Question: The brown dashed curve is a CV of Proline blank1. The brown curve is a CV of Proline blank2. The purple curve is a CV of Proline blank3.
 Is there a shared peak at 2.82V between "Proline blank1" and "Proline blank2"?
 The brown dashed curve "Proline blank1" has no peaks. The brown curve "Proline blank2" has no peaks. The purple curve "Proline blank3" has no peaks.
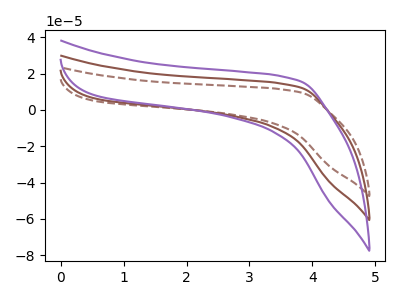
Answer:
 <answer>No, "Proline blank1" and "Proline blank2" dont share a peak at 2.82V.</answer>
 <eval>mismatch</eval>